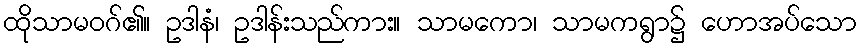
ထိုသာမဝဂ်၏။ ဥဒါနံ၊ ဥဒါန်းသည်ကား။ သာမကော၊ သာမကရွာ၌ ဟောအပ်သော